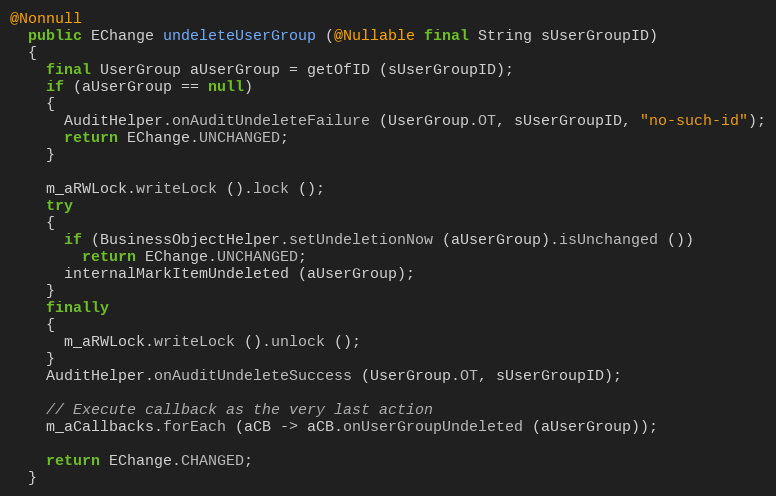
Language: Java
@Nonnull
  public EChange undeleteUserGroup (@Nullable final String sUserGroupID)
  {
    final UserGroup aUserGroup = getOfID (sUserGroupID);
    if (aUserGroup == null)
    {
      AuditHelper.onAuditUndeleteFailure (UserGroup.OT, sUserGroupID, "no-such-id");
      return EChange.UNCHANGED;
    }

    m_aRWLock.writeLock ().lock ();
    try
    {
      if (BusinessObjectHelper.setUndeletionNow (aUserGroup).isUnchanged ())
        return EChange.UNCHANGED;
      internalMarkItemUndeleted (aUserGroup);
    }
    finally
    {
      m_aRWLock.writeLock ().unlock ();
    }
    AuditHelper.onAuditUndeleteSuccess (UserGroup.OT, sUserGroupID);

    // Execute callback as the very last action
    m_aCallbacks.forEach (aCB -> aCB.onUserGroupUndeleted (aUserGroup));

    return EChange.CHANGED;
  }